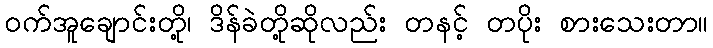
ဝက်အူချောင်းတို့၊ ဒိန်ခဲတို့ဆိုလည်း တနင့် တပိုး စားသေးတာ။